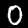
Label: 0